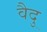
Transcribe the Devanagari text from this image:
वैदु